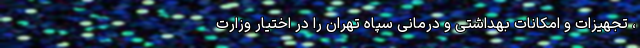
، تجهیزات و امکانات بهداشتی و درمانی‌ سپاه تهران را در اختیار وزارت